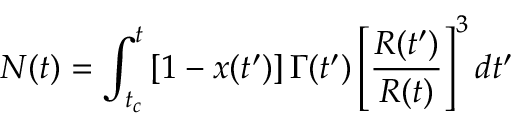
N ( t ) = \int _ { t _ { c } } ^ { t } \left[ 1 - x ( t ^ { \prime } ) \right] \Gamma ( t ^ { \prime } ) \left[ \frac { R ( t ^ { \prime } ) } { R ( t ) } \right] ^ { 3 } d t ^ { \prime }